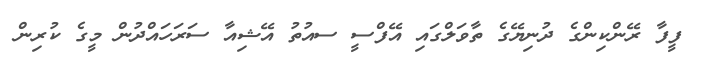
ފީފާ ރޭންކިންގެ ދުނިޔޭގެ ތާވަލްގައި އޭފްސީ ސއުތު އޭޝިއާ ސަރަހައްދުން މީގެ ކުރިން